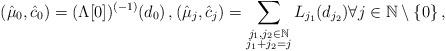
LaTeX: \begin{align*}(\hat{\mu}_0,\hat{c}_0)=(\Lambda[0])^{(-1)} ({d_0})\, ,{(\hat{\mu}_j,\hat{c}_j)=\sum_{\substack{j_1,j_2 \in \mathbb{N} \\j_1+j_2=j}}L_{j_1} (d_{j_2})} \forall j \in \mathbb{N}\setminus \{0\}\, ,\end{align*}